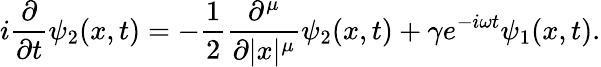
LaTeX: i\frac{\partial}{\partial t}\psi_{2}(x,t)=-\frac{1}{2}\frac{\partial^{\mu}}{\partial|x|^{\mu}}\psi_{2}(x,t)+\gamma e^{-i\omega t}\psi_{1}(x,t).